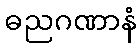
ဓညဂဏာနံ